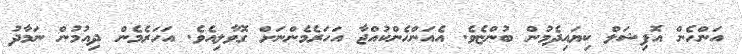
އަންހެން އޮފިޝަލް ކިޔައިދެމުން ބުންޏެވެ. އެއަންހެންކުއްޖާ އަހަރެމެންނަށް ގޮވާލިއެވެ. އަހަރެމެން ދިއުމުން ނަމާދު